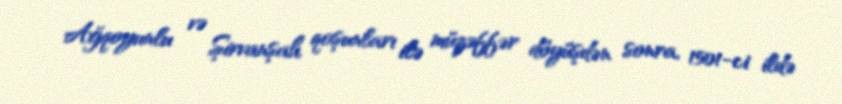
Ağqoyunlu və Şirvanşah qoşunları ilə müzəffər döyüşdən sonra, 1501-ci ildə